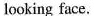
looking face.